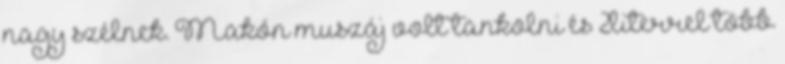
nagy szélnek. Makón muszáj volt tankolni és 2literrel több